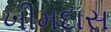
ખીમદાસ